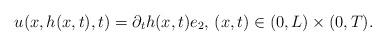
LaTeX: \begin{align*}u( x,h(x,t), t) = \partial_t h(x,t) e_2, \, (x, t)\in (0, L)\times (0, T). \end{align*}